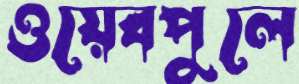
ওয়েবপুলে